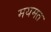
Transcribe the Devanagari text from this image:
मयमत